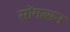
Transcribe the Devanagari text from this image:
सोंगत्सन